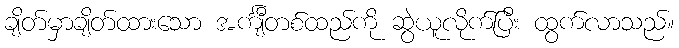
ချိတ်မှာချိတ်ထားသော အင်္ကျီတစ်ထည်ကို ဆွဲယူလိုက်ပြီး ထွက်လာသည်။